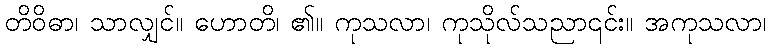
တိဝိဓာ၊ သာလျှင်။ ဟောတိ၊ ၏။ ကုသလာ၊ ကုသိုလ်သညာ၎င်း။ အကုသလာ၊